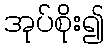
အုပ်စိုး၍